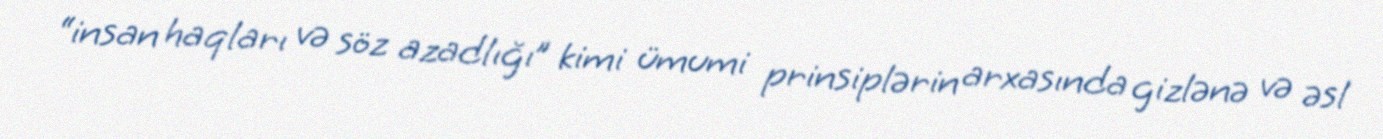
“insan haqları və söz azadlığı” kimi ümumi prinsiplərin arxasında gizlənə və əsl